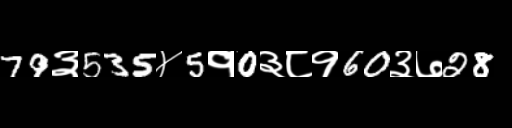
Text: 79३535४5१0३८१60३७28